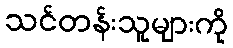
သင်တန်းသူများကို